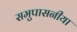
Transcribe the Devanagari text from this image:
समुपासनीया